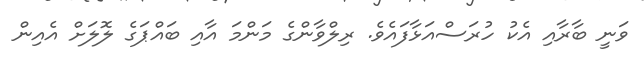
ވަނީ ބާރާއި އެކު ހުރަސްއަޅާފައެވެ. ރިލްވާންގެ މަންމަ އާއި ބައްޕަގެ ލޮލަށް އެއިން